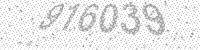
Solution: 916039